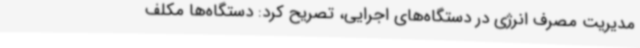
مدیریت مصرف انرژی در دستگاه‌های اجرایی، تصریح کرد: دستگاه‌ها مکلف